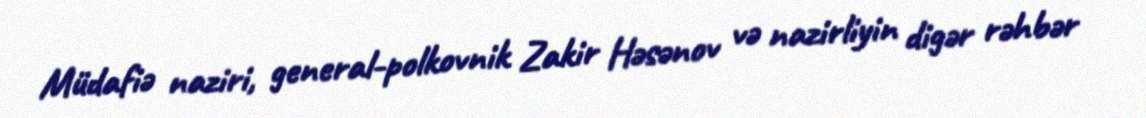
Müdafiə naziri, general-polkovnik Zakir Həsənov və nazirliyin digər rəhbər